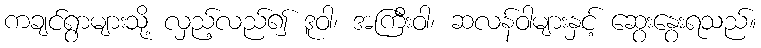
ကချင်ရွာများသို့ လှည့်လည်၍ ဒူဝါ၊ အကြီးဝါ၊ ဆလန်ဝါများနှင့် ဆွေးနွေးရသည်။